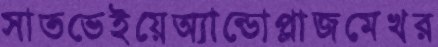
সাতভেইয়েঅ্যান্ডোপ্লাজমেখর